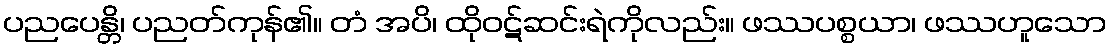
ပညပေန္တိ၊ ပညတ်ကုန်၏။ တံ အပိ၊ ထိုဝဋ်ဆင်းရဲကိုလည်း။ ဖဿပစ္စယာ၊ ဖဿဟူသော